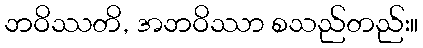
ဘဝိဿတိ, အဘဝိဿာ စသည်တည်း။